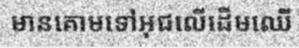
មានគោមទៅអុជលើដើមឈើ